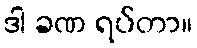
ဒါ ခဏ ရပ်တာ။